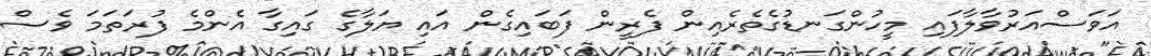
އަވަސްއަރުވާލާފައި މީހުންގަނޑުގެތެރެއިން ފެރީން ފަބައިގެން އައި ޔަލާގެ ގައިގާ އެންމެ ފުރަތަމަ ވެސް